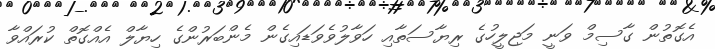
އެގޮތުން ގާސިމް ވަނީ މަޖިލީހުގެ ރިޔާސަތާއި ހަވާލުވެވަޑައިގެން މެންބަރުންގެ ހިޔާލް އެއްގޮތް ކުރައްވާ